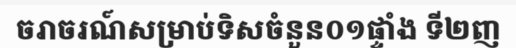
ចរាចរណ៍សម្រាប់ទិសចំនួន០១ផ្ទាំង ទី២ញ